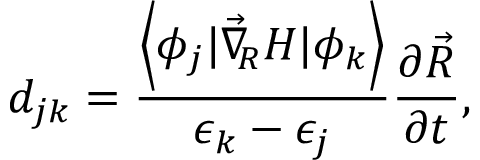
d _ { j k } = \frac { \left< \phi _ { j } | \vec { \nabla } _ { \! \! \scriptsize R } H | \phi _ { k } \right> } { \epsilon _ { k } - \epsilon _ { j } } \frac { \partial \vec { R } } { \partial t } ,